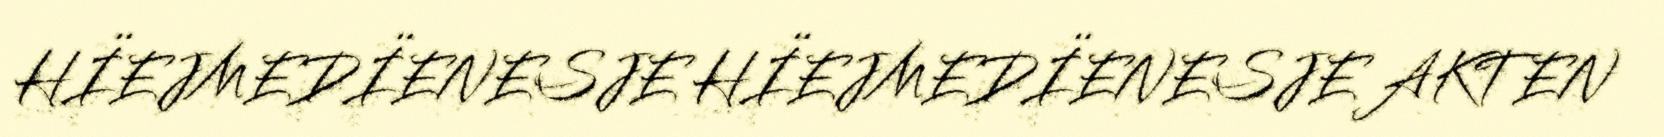
HÏEJMEDÏENESJE HÏEJMEDÏENESJE AKTEN